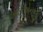
આઈએનજી